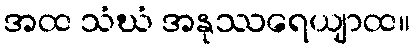
အထ သံဃံ အနုဿရေယျာထ။